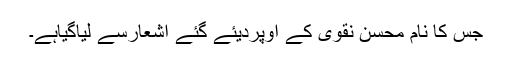
جس کا نام محسن نقوی کے اوپردیئے گئے اشعارسے لیاگیاہے۔